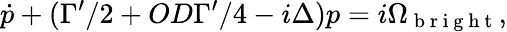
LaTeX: \dot{p}+(\Gamma^{\prime}/2+OD\Gamma^{\prime}/4-i\Delta)p=i\Omega_{\mathrm{~b~r~i~g~h~t~}},